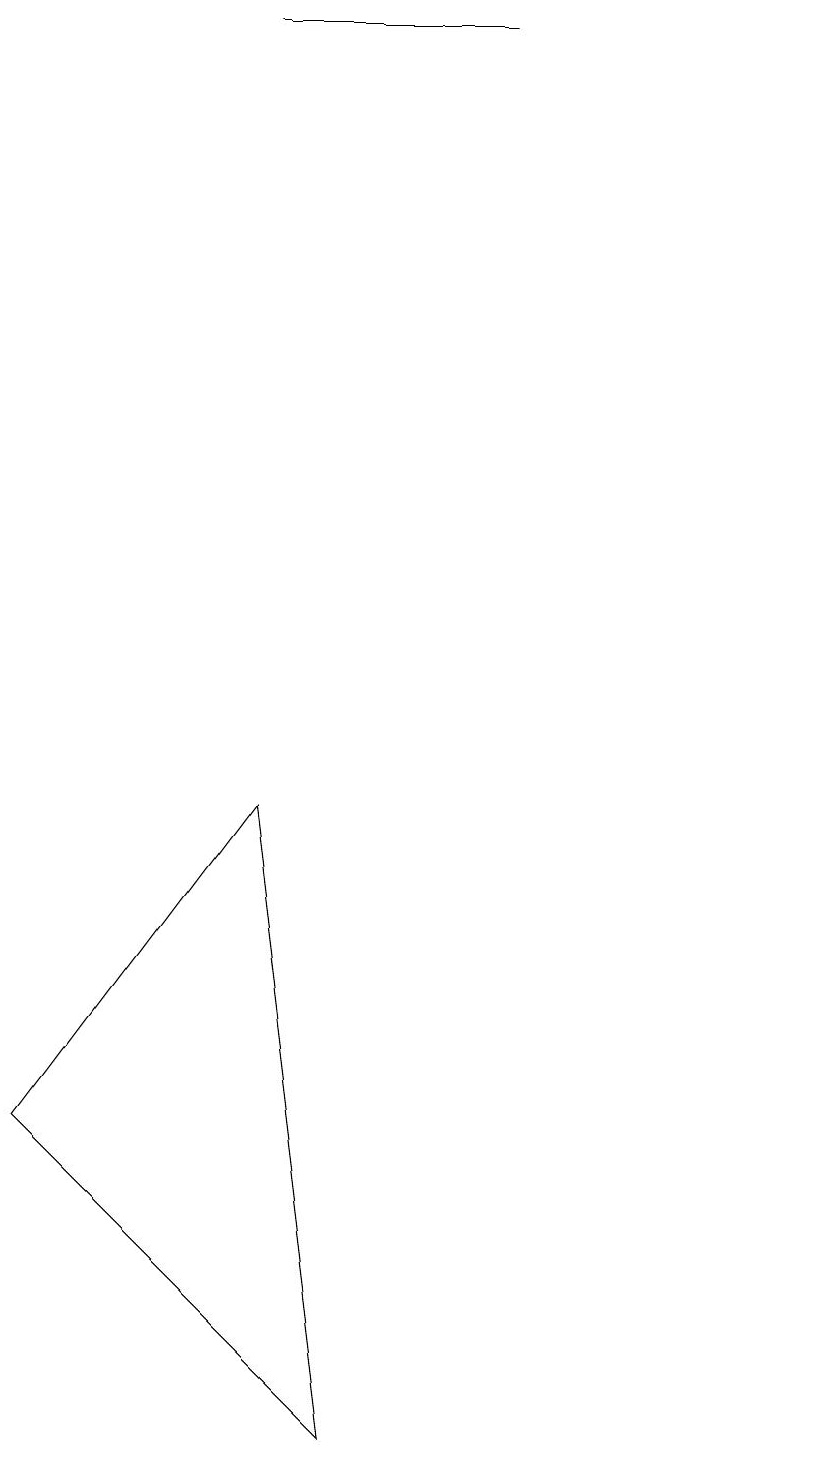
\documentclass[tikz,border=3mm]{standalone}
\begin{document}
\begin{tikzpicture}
\draw (6,1) -- (5,9) -- (2,5) -- cycle;
\draw (8,19) rectangle (5,19);
\draw (12,10) circle (0);
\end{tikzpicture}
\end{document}